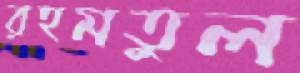
রহমতুল